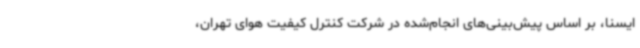
ایسنا، بر اساس پیش‌بینی‌های انجام‌شده در شرکت کنترل کیفیت هوای تهران،